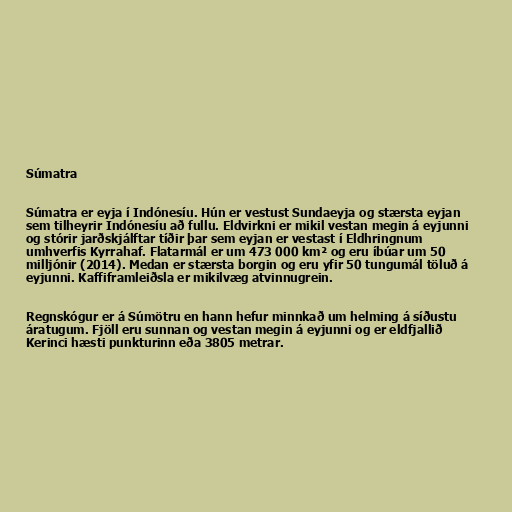
Súmatra

Súmatra er eyja í Indónesíu. Hún er vestust Sundaeyja og stærsta eyjan
sem tilheyrir Indónesíu að fullu. Eldvirkni er mikil vestan megin á eyjunni
og stórir jarðskjálftar tíðir þar sem eyjan er vestast í Eldhringnum
umhverfis Kyrrahaf. Flatarmál er um 473 000 km² og eru íbúar um 50
milljónir (2014). Medan er stærsta borgin og eru yfir 50 tungumál töluð á
eyjunni. Kaffiframleiðsla er mikilvæg atvinnugrein.

Regnskógur er á Súmötru en hann hefur minnkað um helming á síðustu
áratugum. Fjöll eru sunnan og vestan megin á eyjunni og er eldfjallið
Kerinci hæsti punkturinn eða 3805 metrar.